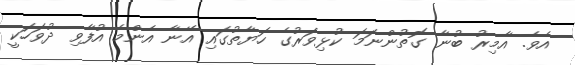
އެވެ. އާމިރު ބުނާ ގޮތުންނަމަ ކުޅިވަރުގެ ހަޔާތުގައި އޭނާ އެންމެ އުފާވި ދުވަހަކީ